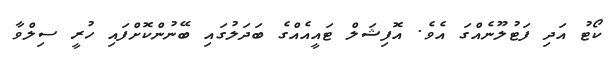
ކޯޓު އަދި ފަޓުލޫނެއްގަ އެވެ. އޮފިޝަލް ޓައީއެއްގެ ބަދަލުގައި ބޭނުންކޮށްފައި ހުރީ ސިލްވާ